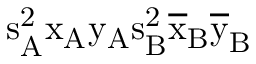
\mathrm { s _ { A } ^ { 2 } \mathrm { x _ { A } \mathrm { y _ { A } \mathrm { s _ { B } ^ { 2 } \mathrm { \overline { { x } } _ { B } \mathrm { \overline { { y } } _ { B } } } } } } }